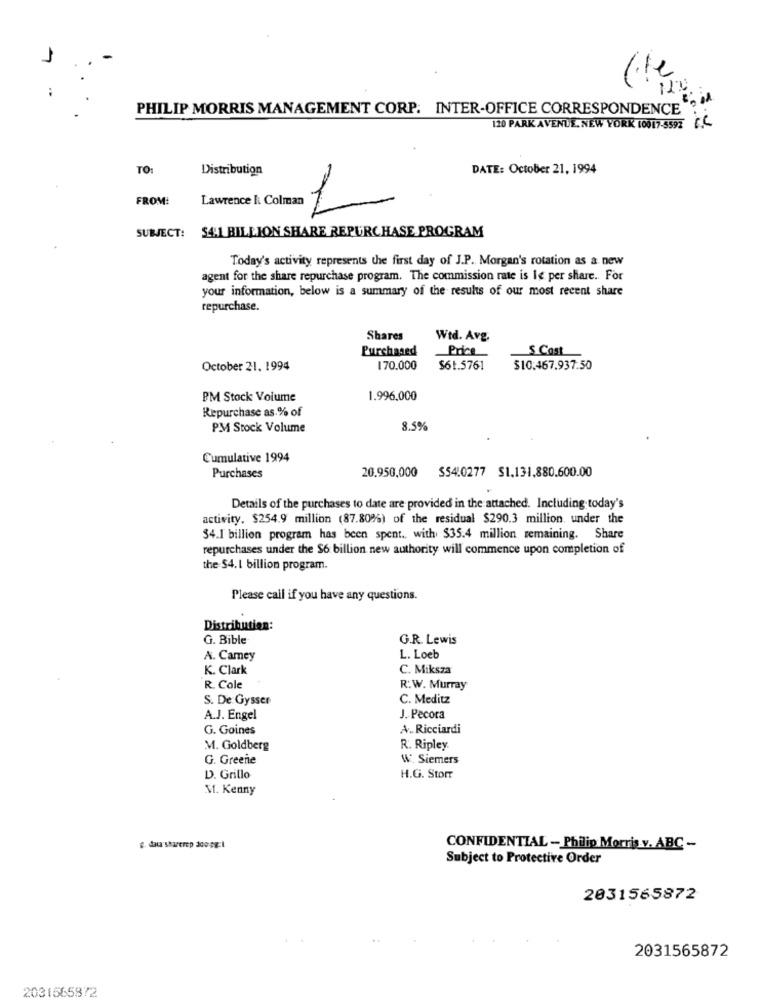
-
PHILIP MORRIS MANAGEMENT CORP. INTER-OFFICE CORRESPONDENCE.
120 PARK AVENUE, NEW YORK 10017-5592 F.C
TO:
Distribution
DATE: October 21, 1994
FROM:
Lawrence I Colman 1
SUBJECT: 54.1 BILLION SHARE REPURCHASE PROGRAM
Today's activity represents the first day of J.P. Morgan's rotation as a new
agent for the share repurchase program. The commission rate is Ie per share. For
your information, below is a summary of the results of our most recent share
repurchase.
Shares
Wtd. Avg.
Purchased
S Cost
October 21, 1994
170.000
$61.5761
$10.467.937.50
PM Stock Volume
1.996,000
Repurchase as.% of
PM Stock Volume
8.5%
Cumulative 1994
Purchases
20.950,000
$54.0277 $1.131,880.600.00
Details of the purchases to date are provided in the attached. Including today's
activity. $254.9 million (87.80%) of the residual $290.3 million, under the
$4.1 billion program has been spent. with $35.4 million remaining. Share
repurchases under the $6 billion new authority will commence upon completion of
the $4.1 billion program.
Please call if you have any questions.
Distribution:
G. Bible
G.R. Lewis
A. Camey
L. Loeb
K. Clark
C. Miksza
R. Cole
R:W. Murray
S. De Gysser
C. Meditz
A.J. Engel
J. Pecora
G. Goines
A .. Ricciardi
M. Goldberg
R. Ripley
G. Greene
W Siemers
D. Grillo
H.G. Stor
M. Kenny
g. dau sharerep doo-pg:1
CONFIDENTIAL - Philip Morris v. ABC -
Subject to Protective Order
2031565872
2031565872
2031565872